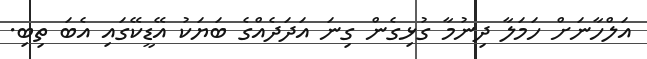
އަލްހާނަށް ހަމަލާ ދިނުމާ ގުޅިގެން ގިނަ އަދަދެއްގެ ބަޔަކު އޭޑީކޭގައި އެބަ ތިބި.